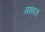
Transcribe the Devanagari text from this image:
सभंवतः